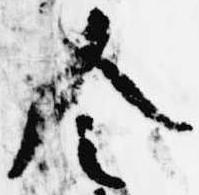
令